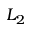
L _ { 2 }